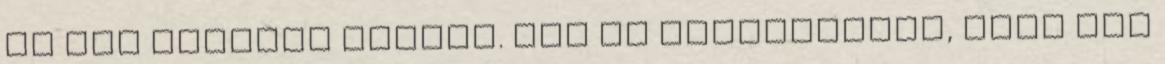
az már egyszer biztos. Nem is kommentálja, csak egy